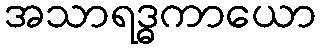
အသာရဒ္ဓကာယော